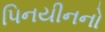
પિનયીનનો